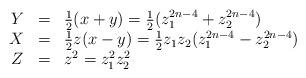
LaTeX: \begin{align*}\begin{array}{rcl}Y & = & \frac{1}{2} ( x + y ) = \frac{1}{2}(z_1^{2n-4} + z_2^{2n-4})\\X & = & \frac{1}{2} z ( x - y ) = \frac{1}{2} z_1 z_2(z_1^{2n-4} - z_2^{2n-4})\\Z & = & z^2=z_1^2 z_2^2\end{array}\end{align*}